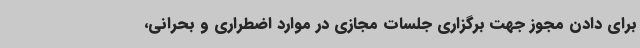
برای دادن مجوز جهت برگزاری جلسات مجازی در موارد اضطراری و بحرانی،